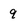
Character: 9